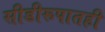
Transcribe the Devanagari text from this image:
सीडीरूपातही